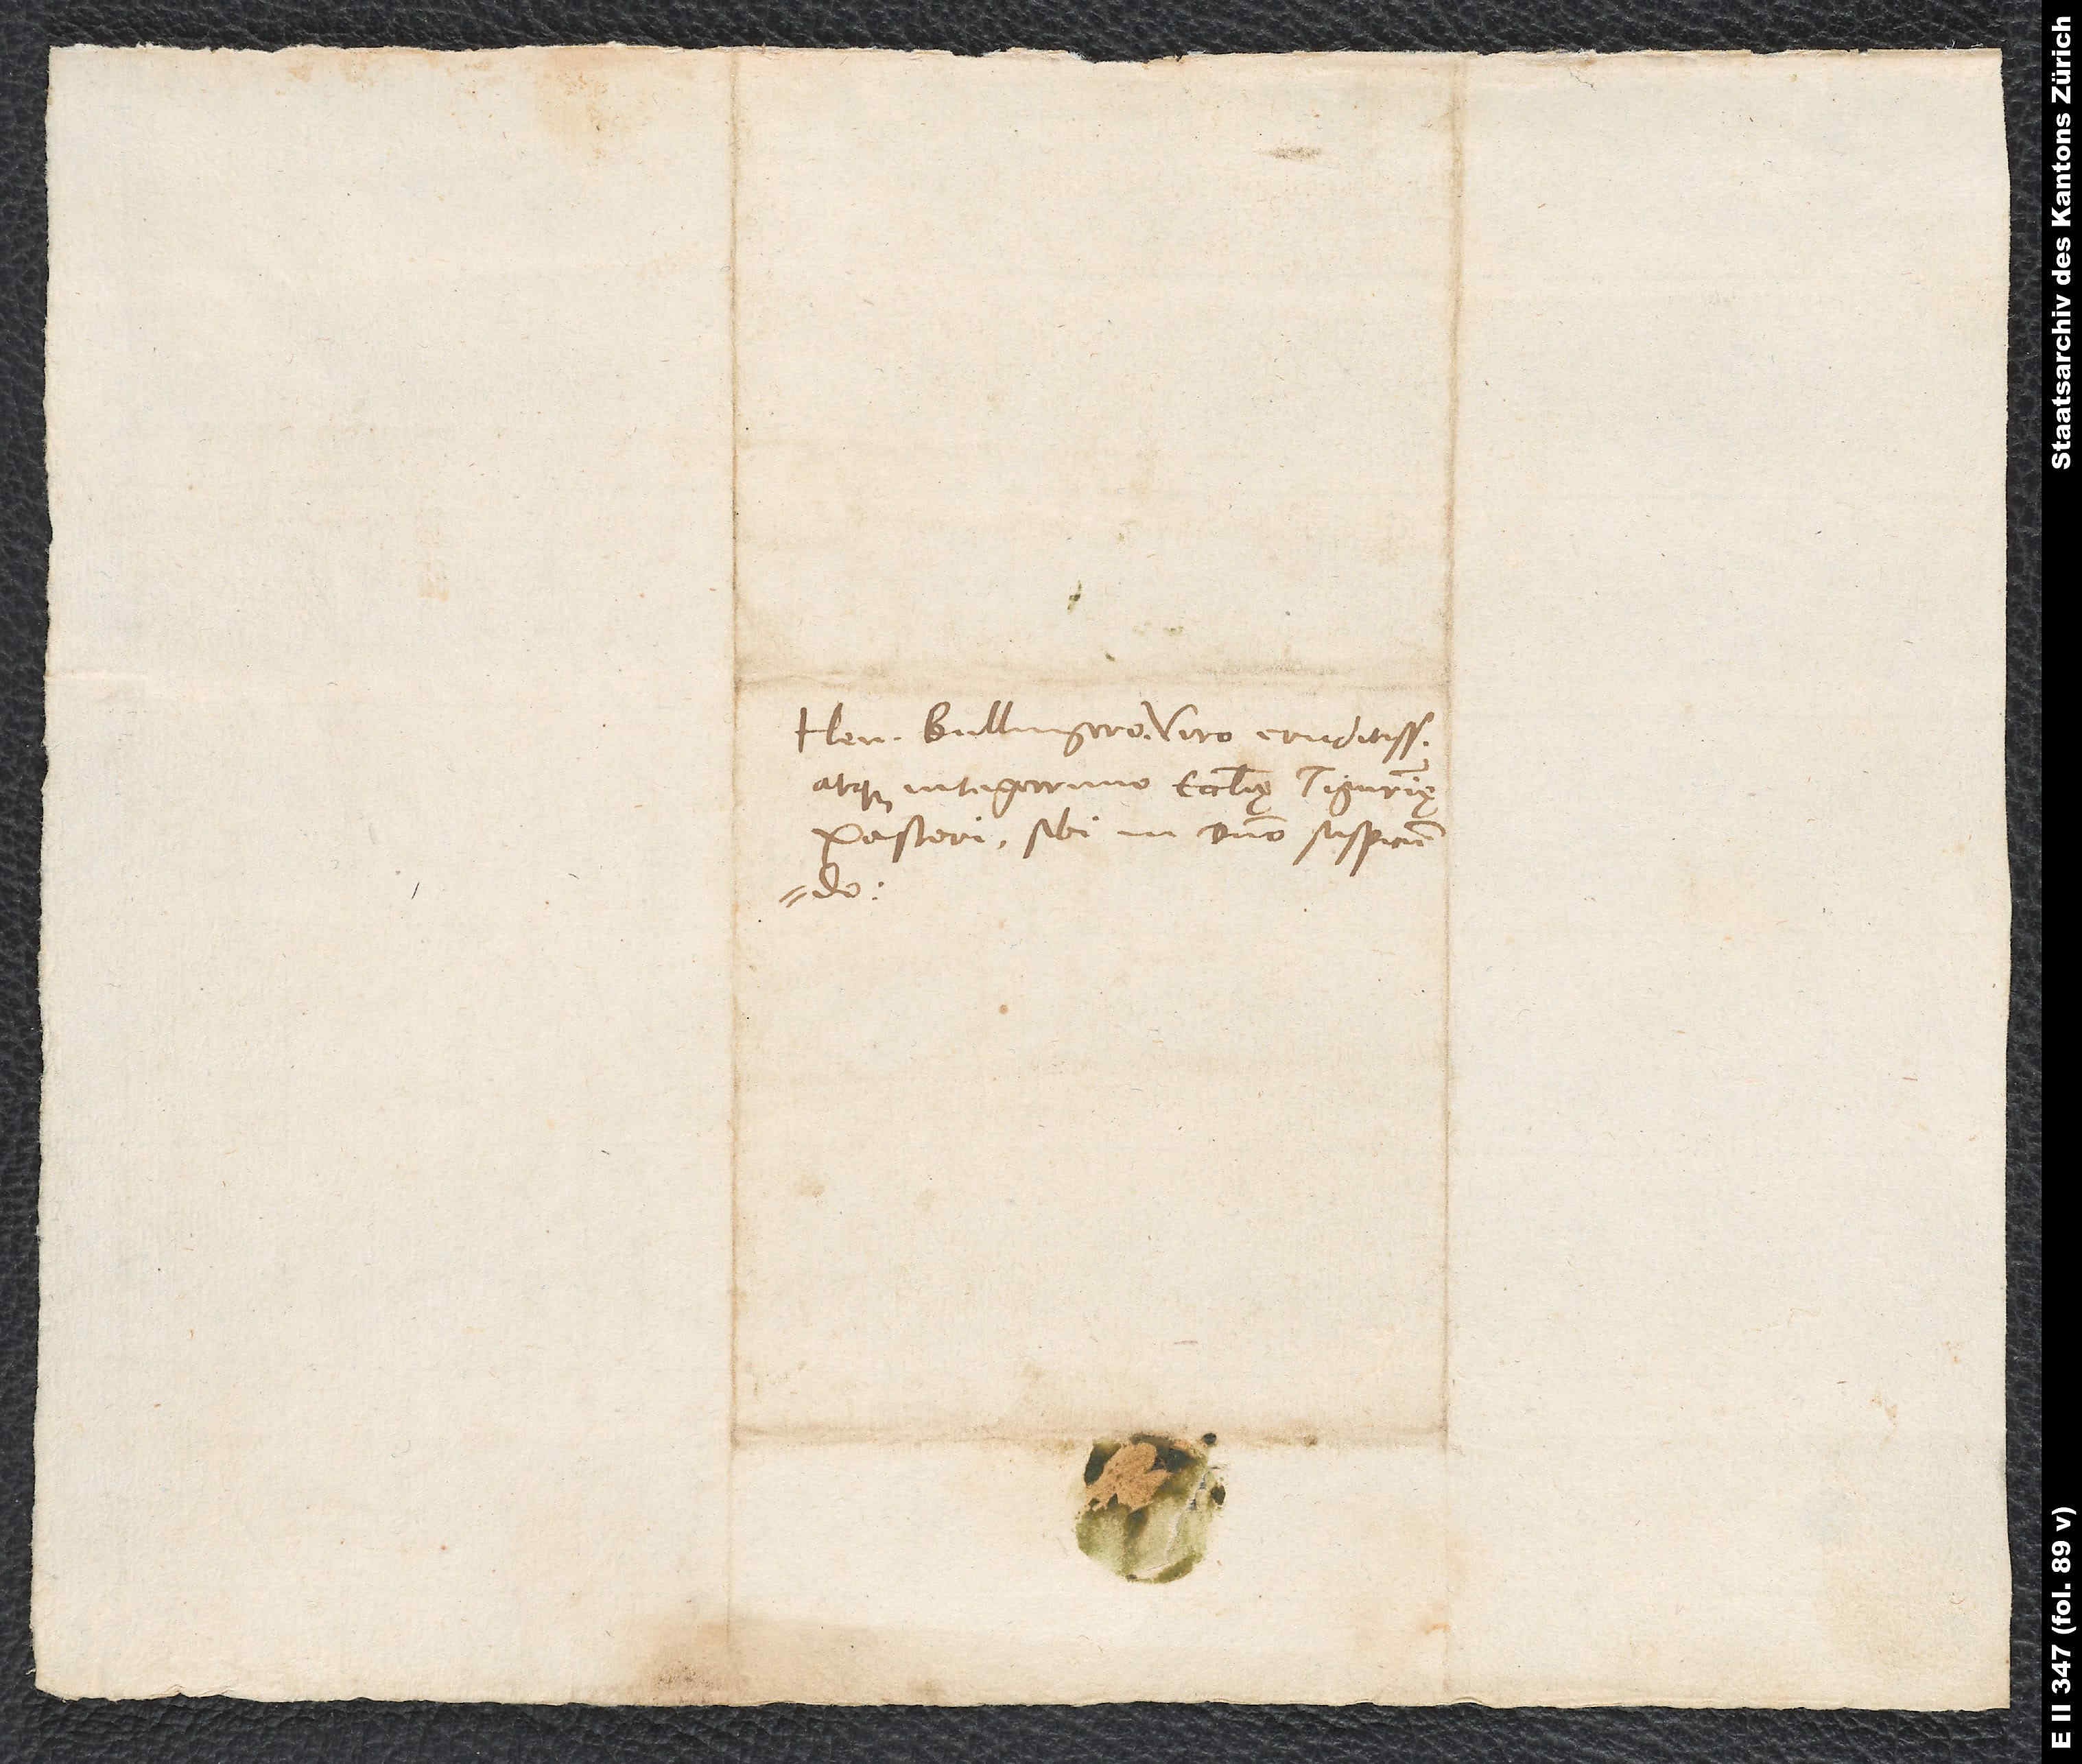
Henrico Bullingero, viro eruditissimo
atque integerrimo, ecclesię Tigurinę
pastori, sibi in domino suspiciendo.
S.